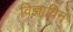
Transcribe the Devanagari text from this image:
विज्ञाविन्